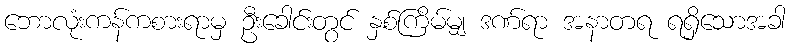
ဘောလုံးကန်ကစားရာမှ ဦးခေါင်းတွင် နှစ်ကြိမ်မျှ ဒဏ်ရာ အနာတရ ရရှိသောအခါ